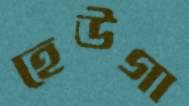
হেউগা